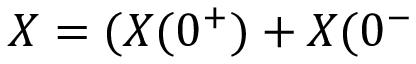
X = ( X ( 0 ^ { + } ) + X ( 0 ^ { - }